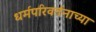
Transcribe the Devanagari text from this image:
धर्मपरिवर्तनाच्या